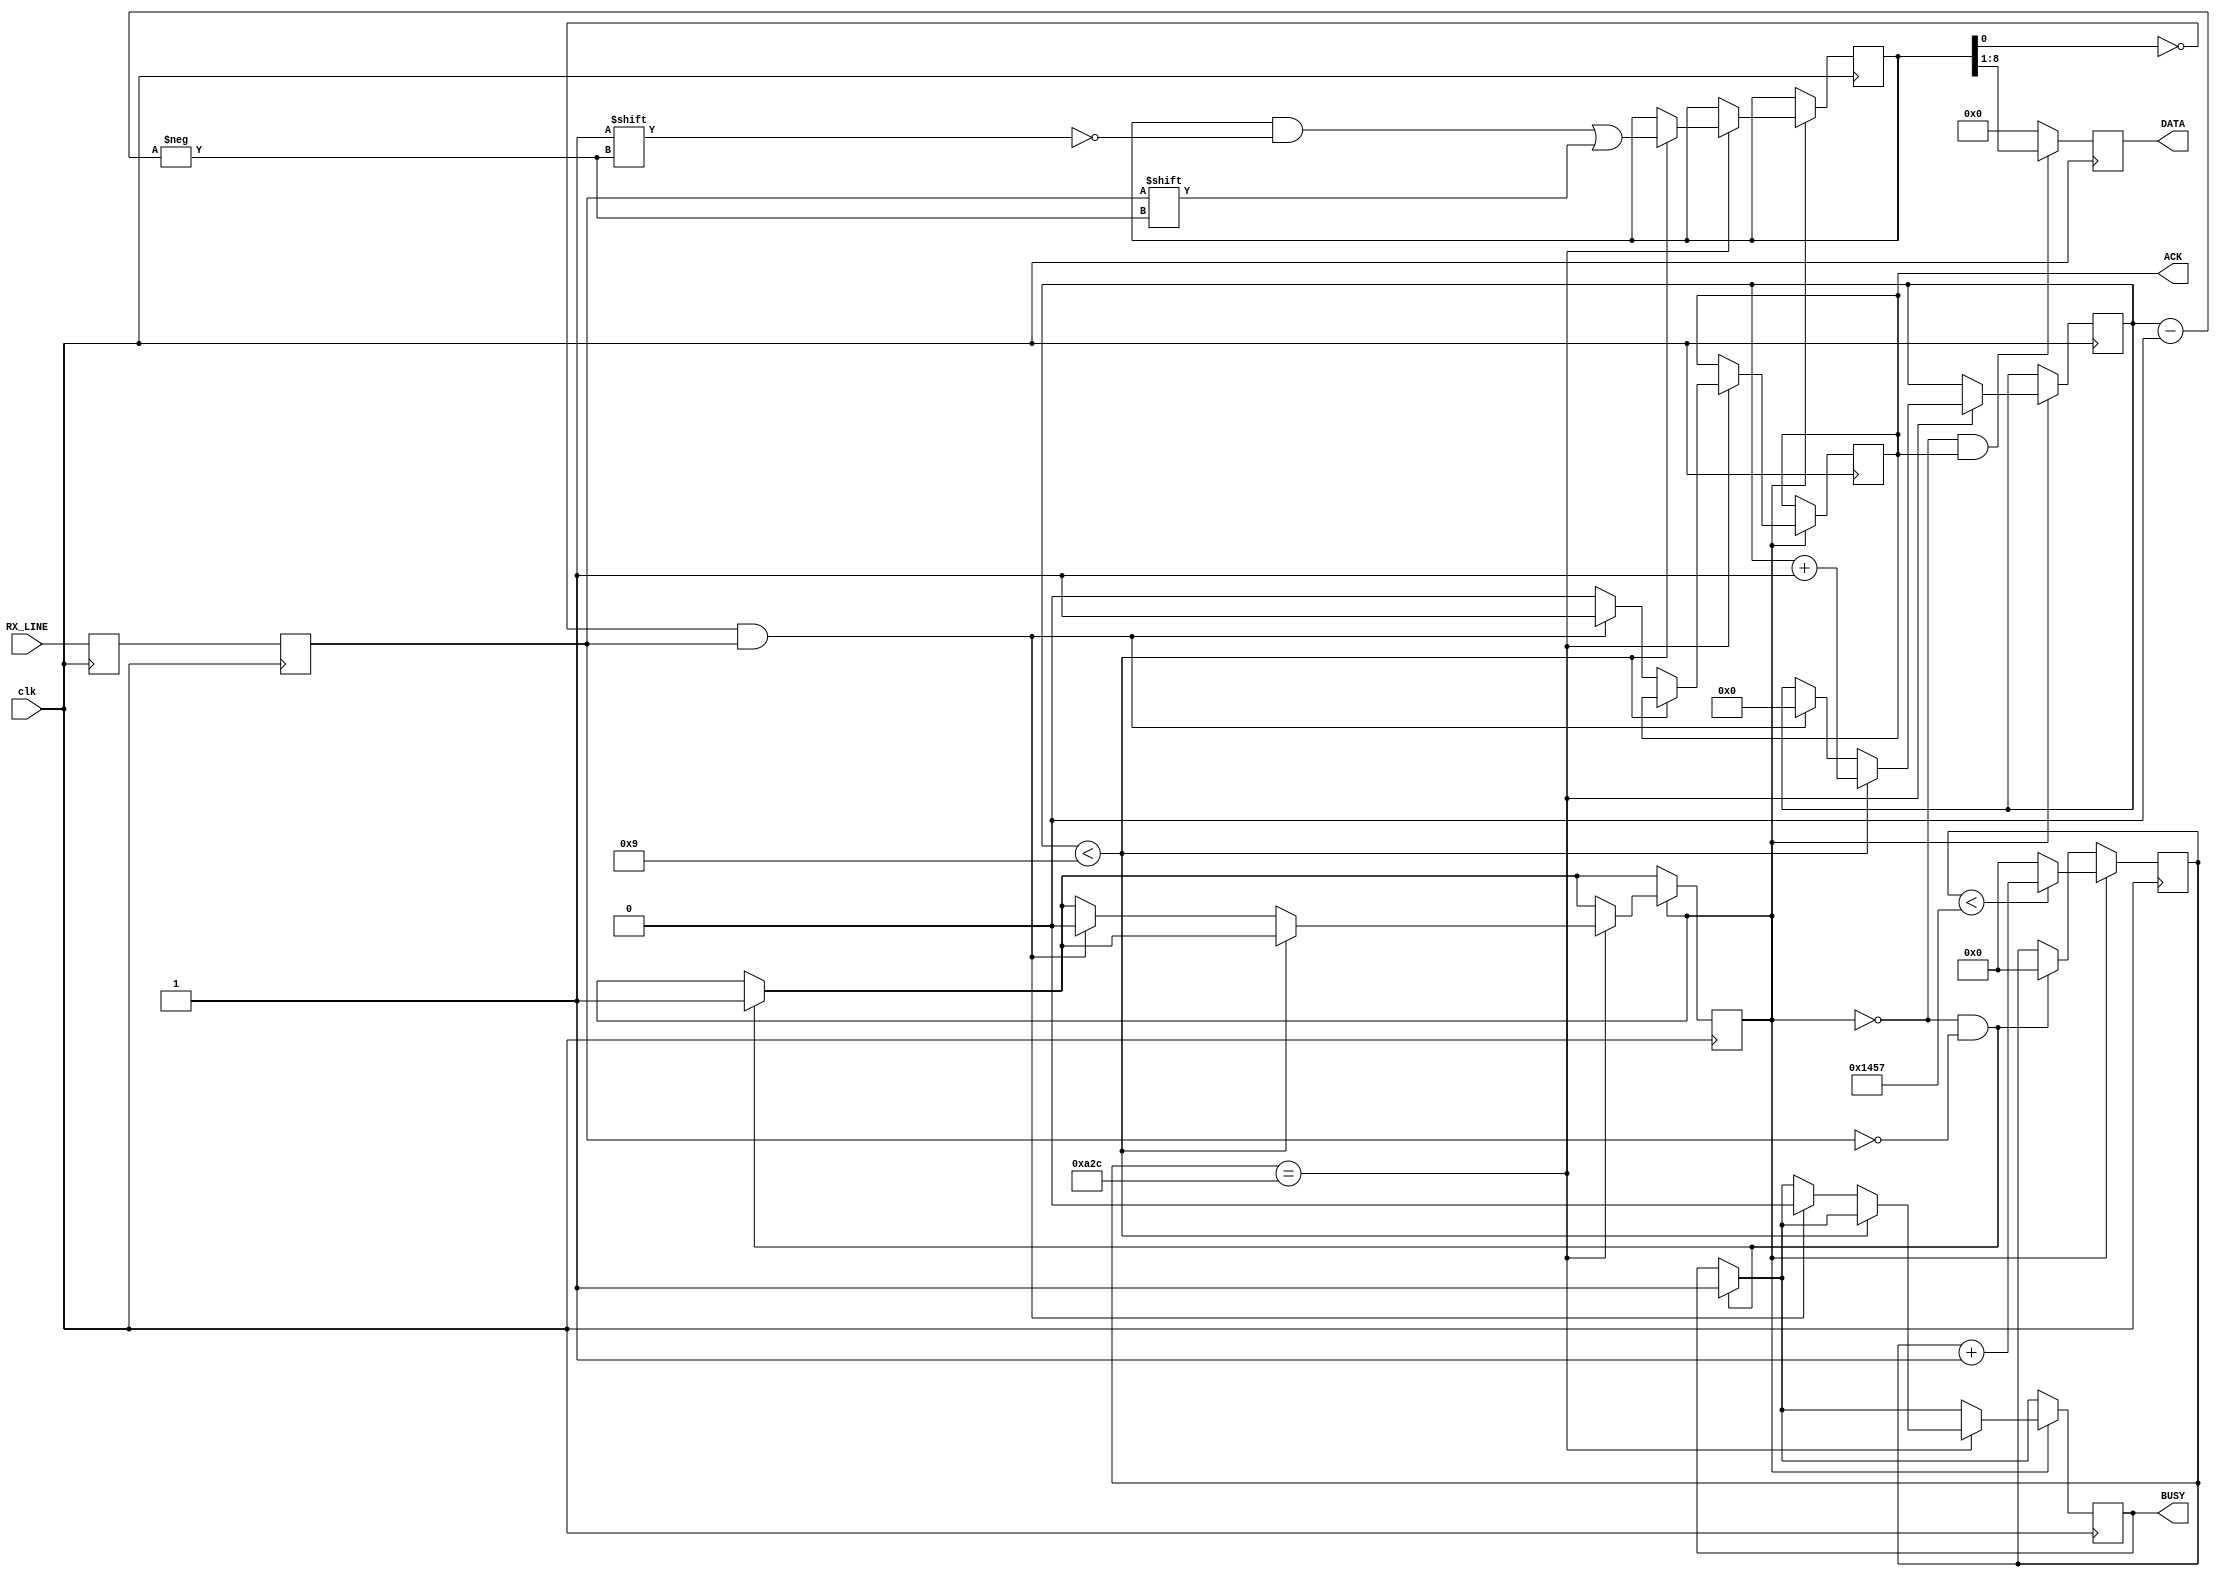
module UART_RX
   (input clk,
	 input RX_LINE,
	 output reg BUSY,
	 output reg [7:0] DATA = 7'b0,
	 output reg ACK = 1'b0
	);
	 parameter BAUD_COUNT = 'd5207;
	 reg [3:0] INDEX = 4'h0;
	 reg [15:0] COUNTER;
	 reg RX_IN_PROGRESS = 1'b0;
	 reg [8:0] RX_DATA = 9'b0;
	 reg shift_rx_bit1 = 1'b1;
	 reg shift_rx_bit2 = 1'b1;
	 always @(posedge clk)
	   begin
		   shift_rx_bit1 <= RX_LINE;
			shift_rx_bit2 <= shift_rx_bit1;
		
	     if(!RX_IN_PROGRESS & !shift_rx_bit2)
		    begin
		      RX_IN_PROGRESS <= 1'b1;
			   BUSY <= 1'b1;
			   COUNTER <= 0;
		    end
			
		  if(RX_IN_PROGRESS)
		    begin
			   if(COUNTER < BAUD_COUNT)
			     COUNTER <= COUNTER + 16'b1;
			   else
			     COUNTER <= 0;
			 	 
			   if(COUNTER == ((BAUD_COUNT >>1) + 1))
			     begin
			 	    if(INDEX < 4'd9)
			 		   begin
			 		     RX_DATA[INDEX] <= shift_rx_bit2;
			 		     INDEX <= INDEX + 4'b1;
			 		   end
			 		 else
					   begin
					     if(!RX_DATA[0] & shift_rx_bit2)
					       begin
					         INDEX <= 0;
					   	   BUSY <= 0;
					   	   ACK <= 1'b1;
					   	   RX_IN_PROGRESS <= 0;
					   	 end
						  else
						    ACK <= 0;
					   end
				 end
         end
       if(!RX_IN_PROGRESS & ACK)
		   DATA <= RX_DATA[8:1];
		 else
		   DATA <= 8'b0;
      end
endmodule